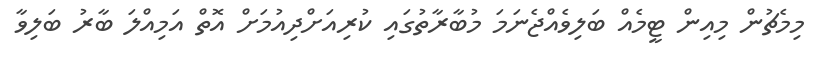
މިމެޗުން މިއިން ޓީމެއް ބަލިވެއްޖެނަމަ މުބާރާތުގައި ކުރިއަށްދިއުމަށް އޮތް އަމިއްލަ ބާރު ބަލިވާ